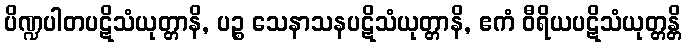
ပိဏ္ဍပါတပဋိသံယုတ္တာနိ, ပဉ္စ သေနာသနပဋိသံယုတ္တာနိ, ဧကံ ဝီရိယပဋိသံယုတ္တန္တိ